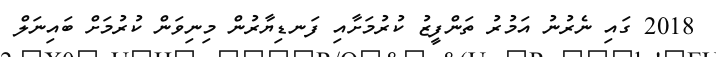
2018 ގައި ނެރުނު އަމުރު ތަންފީޒު ކުރުމަށާއި ފަނޑިޔާރުން މިނިވަން ކުރުމަށް ބައިނަލް